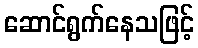
ဆောင်ရွက်နေသဖြင့်